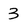
Character: 3